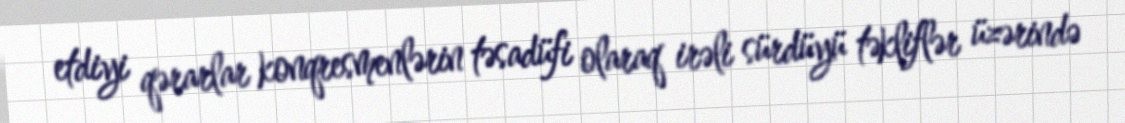
etdiyi qərarlar konqresmenlərin təsadüfi olaraq irəli sürdüyü təkliflər üzərində